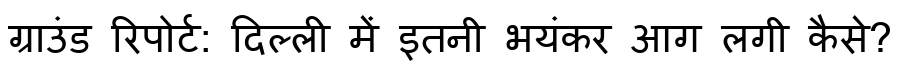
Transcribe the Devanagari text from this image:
ग्राउंड रिपोर्ट: दिल्ली में इतनी भयंकर आग लगी कैसे?